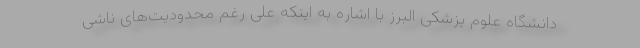
دانشگاه علوم پزشکی البرز با اشاره به اینکه علی رغم محدودیت‌های ناشی